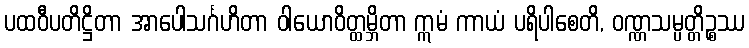
ပထဝီပတိဋ္ဌိတာ အာပေါသင်္ဂဟိတာ ဝါယောဝိတ္ထမ္ဘိတာ ဣမံ ကာယံ ပရိပါစေတိ, ဝဏ္ဏသမ္ပတ္တိဉ္စဿ